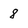
Character: 8